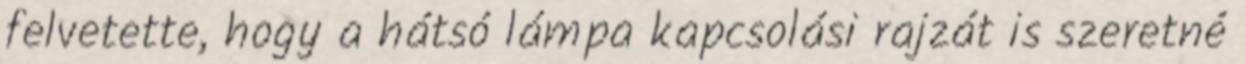
felvetette, hogy a hátsó lámpa kapcsolási rajzát is szeretné